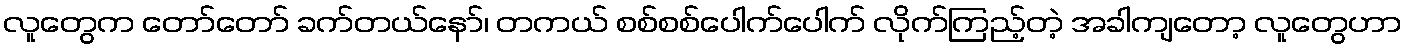
လူတွေက တော်တော် ခက်တယ်နော်၊ တကယ် စစ်စစ်ပေါက်ပေါက် လိုက်ကြည့်တဲ့ အခါကျတော့ လူတွေဟာ